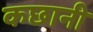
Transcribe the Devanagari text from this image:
कछानी